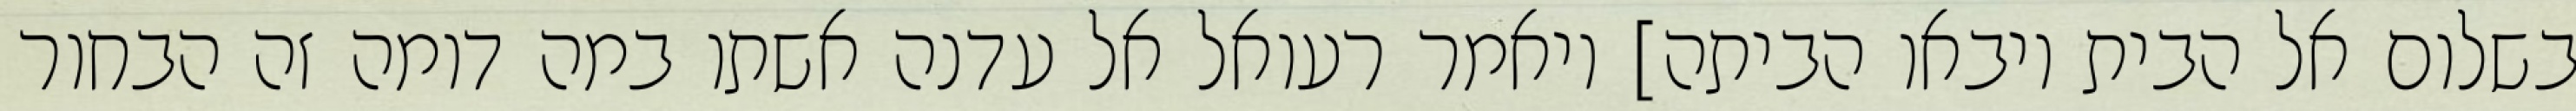
בשלום אל הבית ויבאו הביתה] ויאמר רעואל אל עדנה אשתו במה דומה זה הבחור